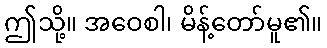
ဤသို့။ အဝေစါ၊ မိန့်တော်မူ၏။